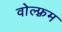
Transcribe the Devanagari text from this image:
वोल्फ़्रम